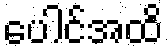
ပေါင်အထိ